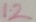
Text: 12